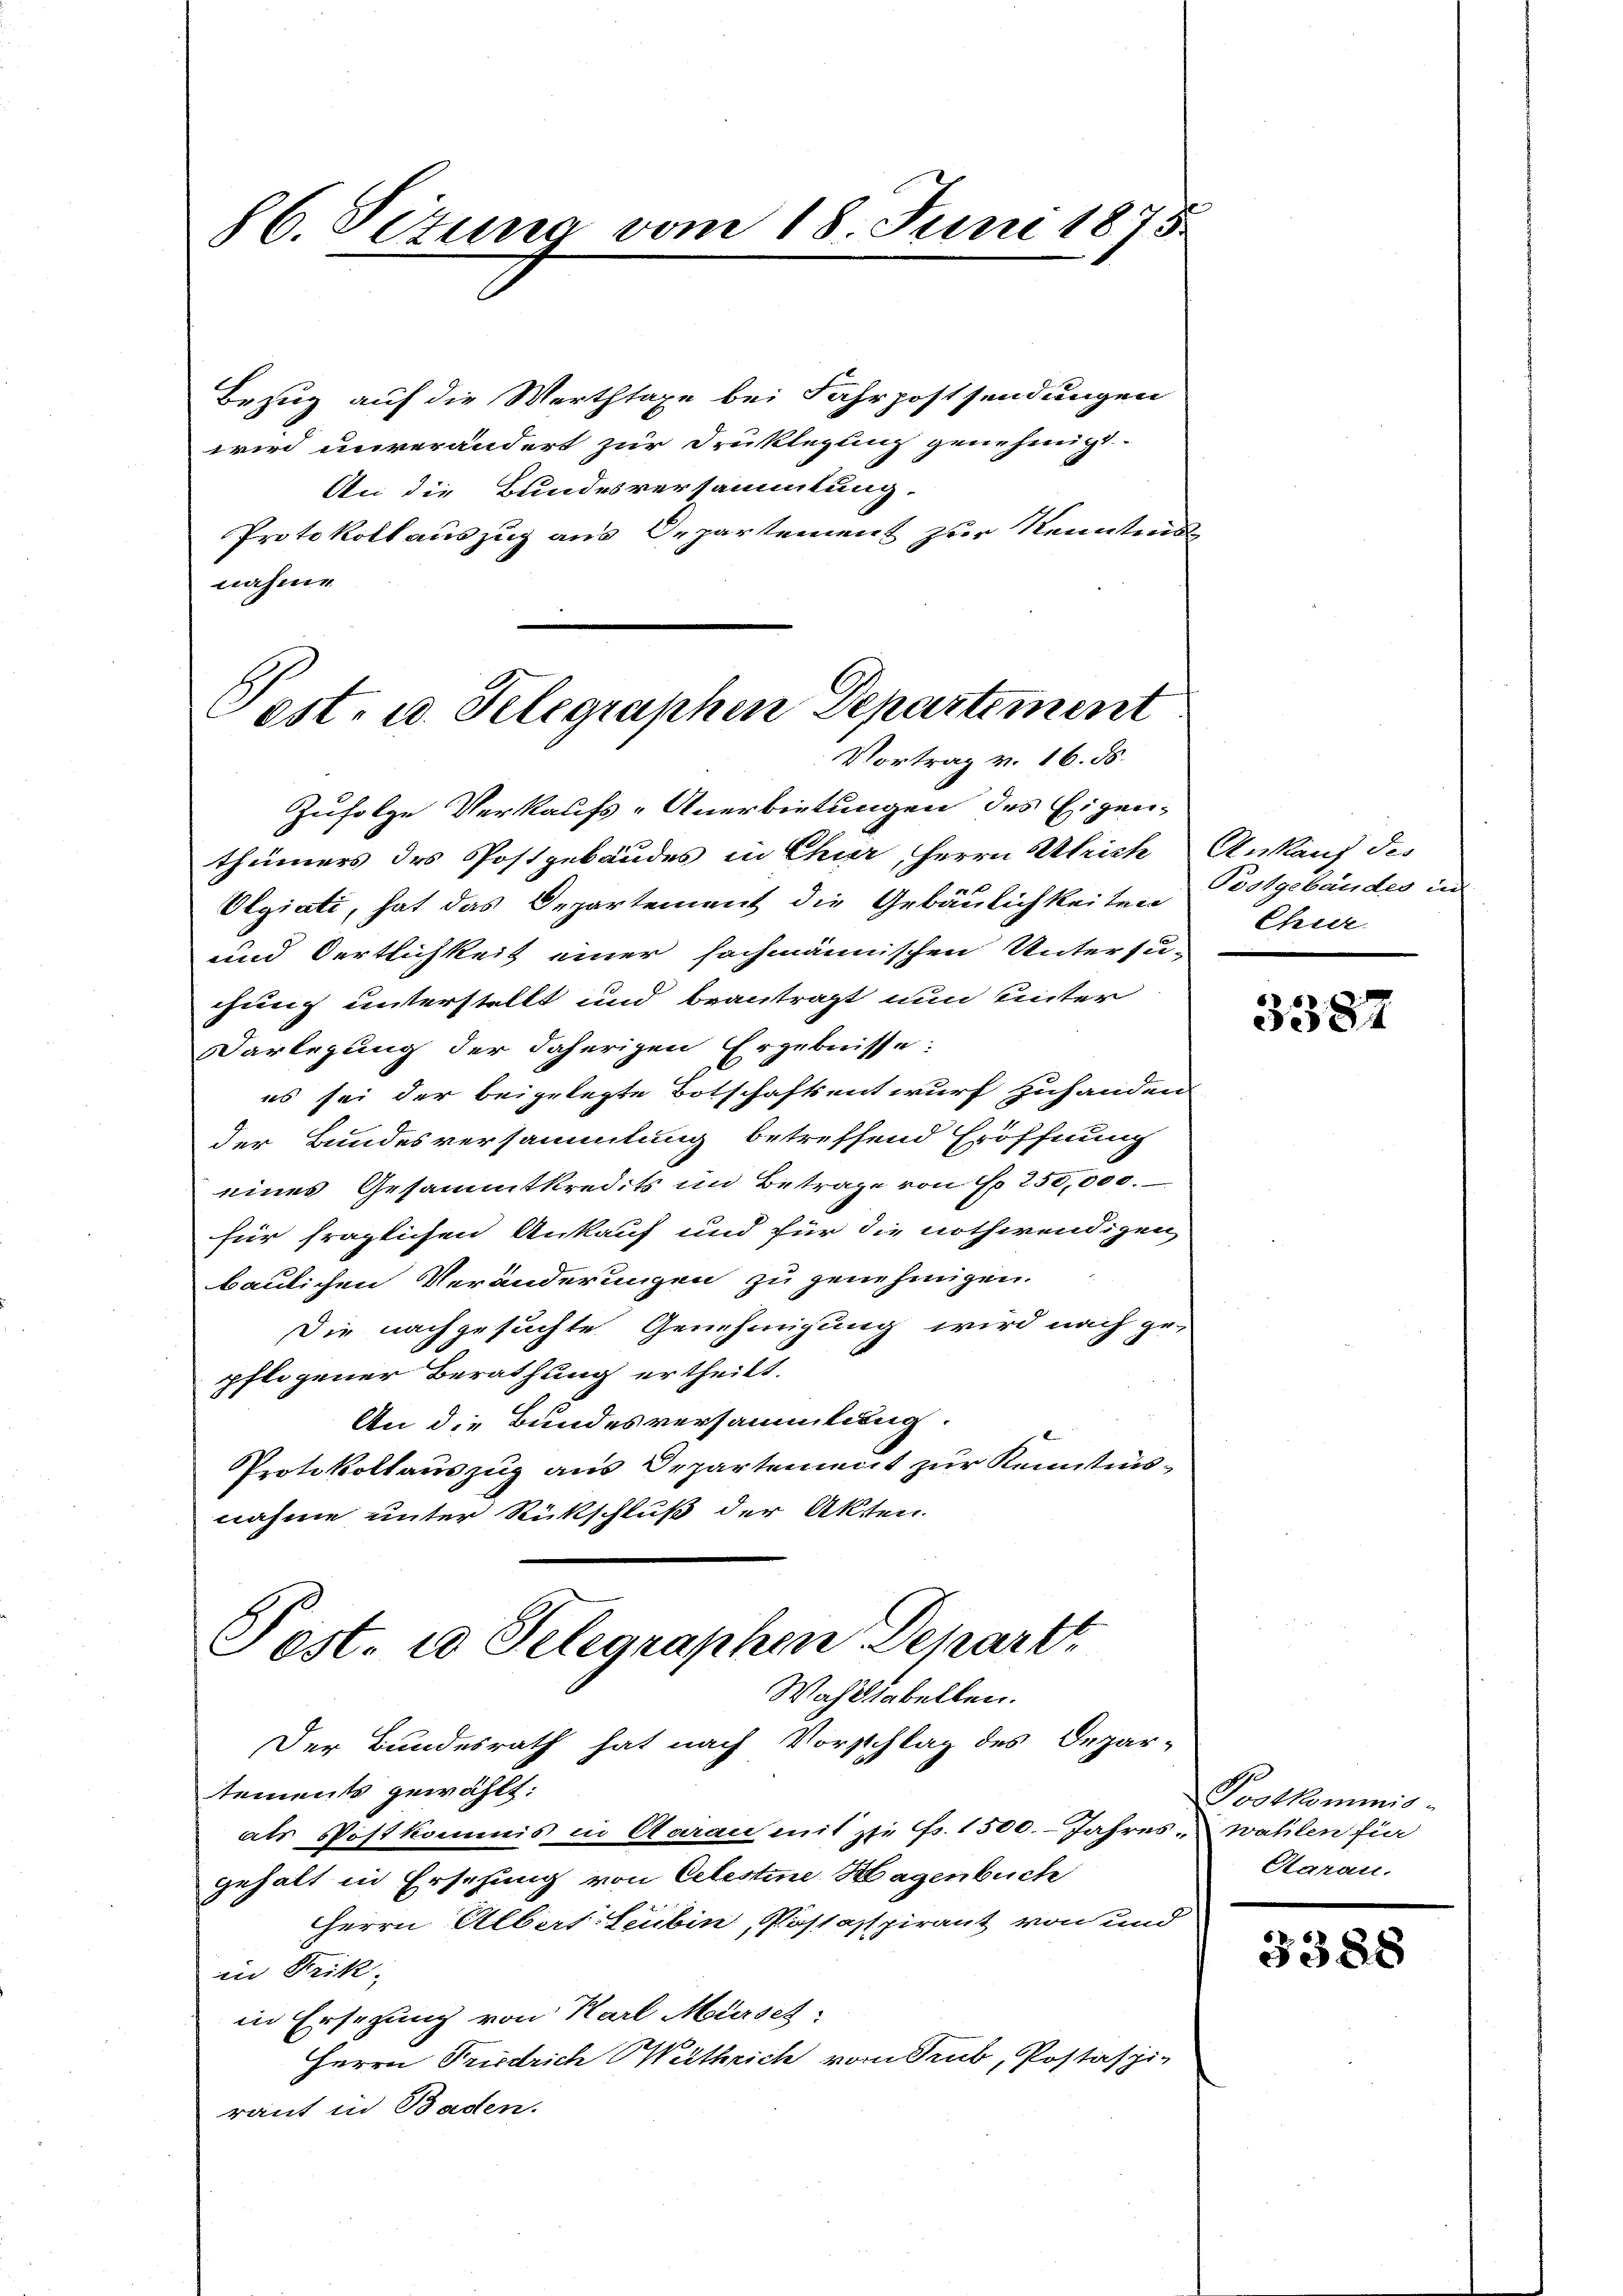
86. Sizung vom 18. Juni 1875.

Bezug auf die Werthtaxe bei Fahrpostsendungen
wird unverändert zur Druklegung genehmigt.
An die Bundesversammlung.
Protokoll auszug aus Departement zur Kenntnis
nahme

Post- u. Telegraphen Departement
Vortrag v. 16. ds.

Zufolge Verkaufs-Anerbietungen des Eigen-
thümers des Postgebäudes in Chur, Herrn Ulrich Ankauf des
Olgiati, hat das Departement die Gebäulichkeiten Postgebäudes in
und Oertlichkeit einer sachmännischen Untersu-
chung unterstellt und beantragt nun unter
Darlegung der daherigen Ergebnisse:
es sei der beigelegte Botschaftsentwurf zuhanden
der Bundesversammlung betreffend Eröffnung
eines Gesammtkredits im Betrage von No 250,000.
für fraglichen Ankauf und für die nothwendigen,
baulichen Veränderungen zu genehmigen.
Die nachgesuchte Genehmigung wird nach ge-
pflogener Berathung ertheilt.
An die Bundesversammlung.
Protokollauszug aus Departement zur Kenntnisnahme unter Rückschluß der Akten.
Gost. 20 Telegraphen Departt

Wahltabellen.

Der Bundesrath hat nach Vorschlag des Depar-
tements gewählt:
als Postkommis in Garan mit sie fr. 1500. Jahres-wahlen für
gehalt in Ersehung von Celestine Hagenbuch
Herrn Albert Leubin, Postaspirant von und
in Frik-
in Ersezung von Karl Mürset
Herrn Friedrich Wethlich von Sub, Postaspiraut in Baden.

Chur

3387

Postkommis-
Aarau.

3388